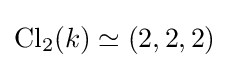
\mathrm {Cl} _{2}(k)\simeq (2,2,2)